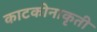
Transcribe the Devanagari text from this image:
काटकोनाकृती